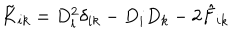
\tilde { K } _ { i k } = D _ { l } ^ { 2 } \delta _ { i k } - D _ { i } D _ { k } - 2 \hat { F } _ { i k }